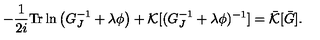
- \frac { 1 } { 2 i } \mathrm { T r } \ln \left( G _ { J } ^ { - 1 } + \lambda \phi \right) + { \cal K } [ ( G _ { J } ^ { - 1 } + \lambda \phi ) ^ { - 1 } ] = \bar { \cal K } [ \bar { G } ] .